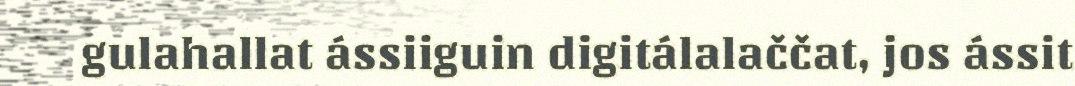
gulahallat ássiiguin digitálalaččat, jos ássit